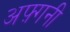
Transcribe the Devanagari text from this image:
अफ़्गनी